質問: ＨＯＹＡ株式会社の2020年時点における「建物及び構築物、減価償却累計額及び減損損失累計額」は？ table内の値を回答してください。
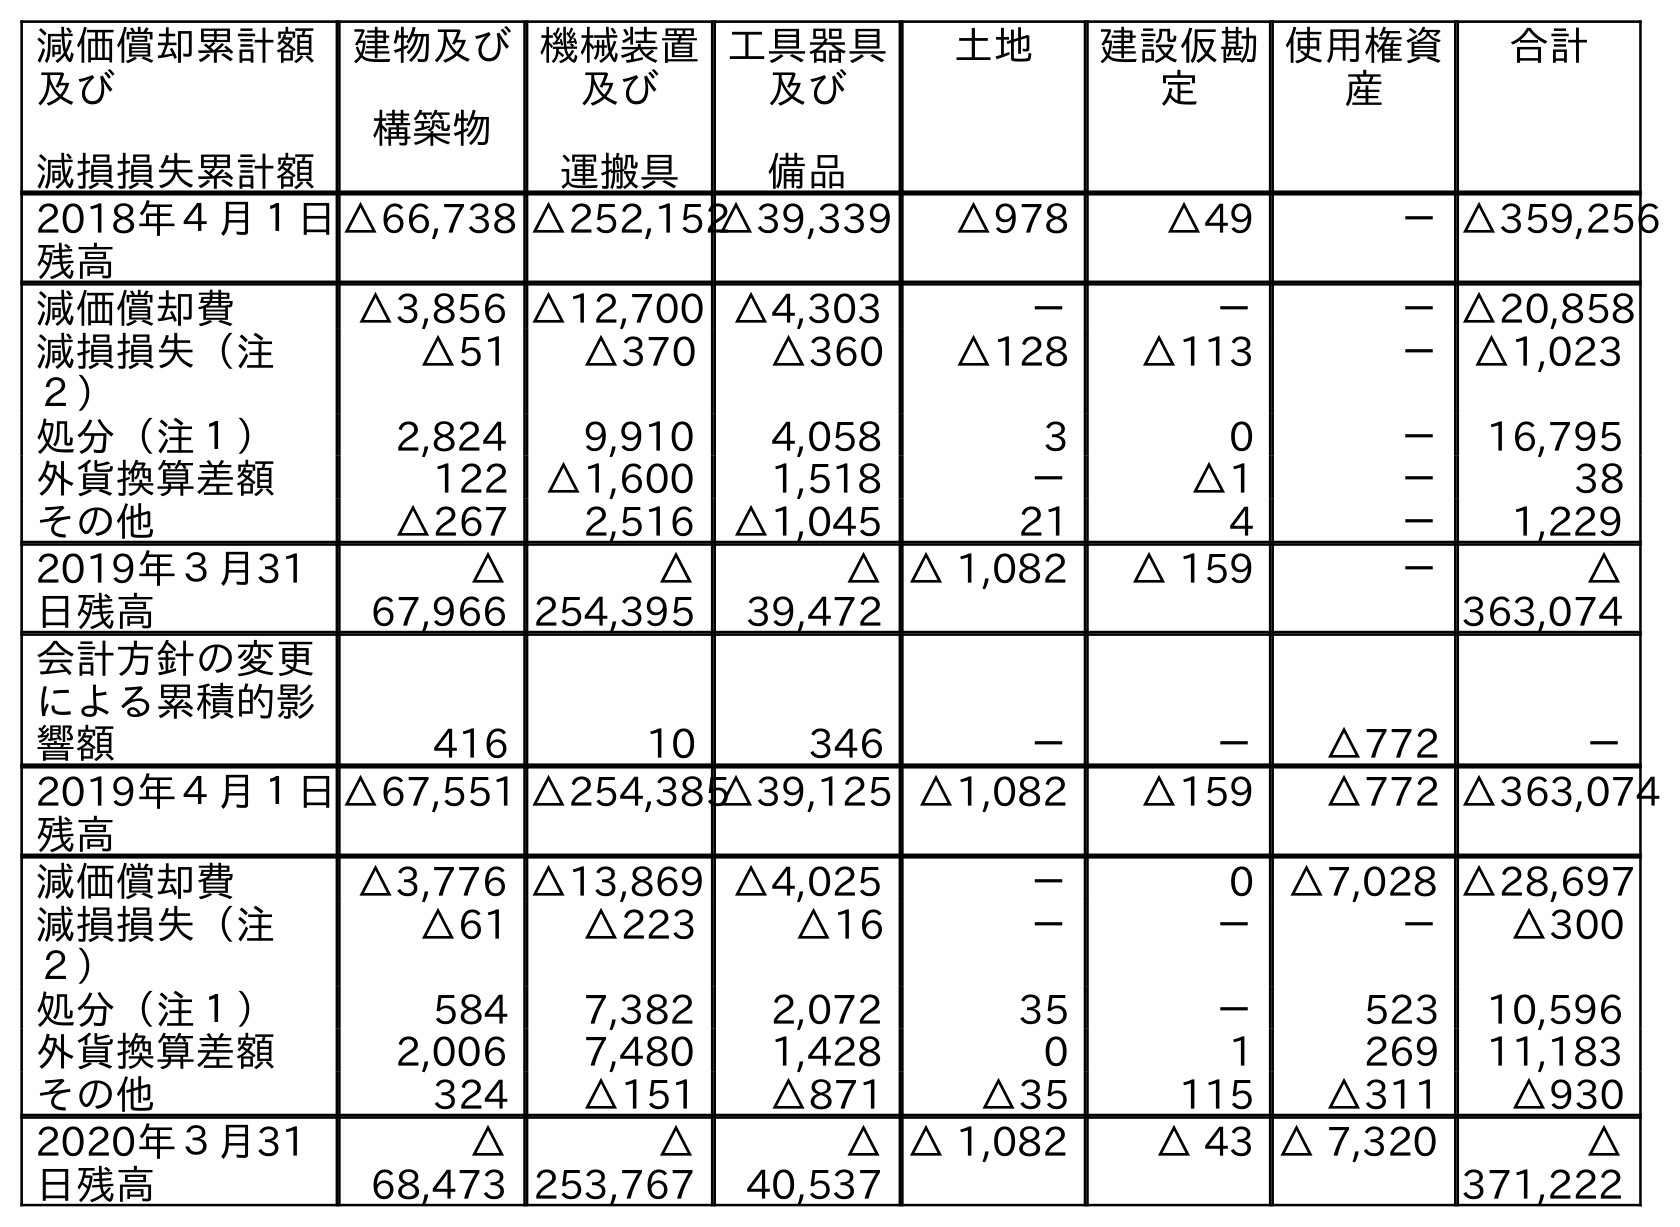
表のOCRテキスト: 減価償却累計額 及び 減損損失累計額 建物及び 構築物 機械装置 及び 運搬具 工具器具 及び 備品 土地 建設仮勘 定 使用権資 産 合計 2018年４月１日 残高 △66,738 △252,152△39,339 △978 △49 －△359,256 減価償却費 △3,856 △12,700 △4,303 － － －△20,858 減損損失（注 ２） △51 △370 △360 △128 △113 － △1,023 処分（注１） 2,824 9,910 4,058 3 0 － 16,795 外貨換算差額 122 △1,600 1,518 － △1 － 38 その他 △267 2,516 △1,045 21 4 － 1,229 2019年３月31 日残高 △ 67,966 △ 254,395 △ 39,472 △ 1,082 △ 159 － △ 363,074 会計方針の変更 による累積的影 響額 416 10 346 － － △772 － 2019年４月１日 残高 △67,551 △254,385△39,125 △1,082 △159 △772 △363,074 減価償却費 △3,776 △13,869 △4,025 － 0 △7,028 △28,697 減損損失（注 ２） △61 △223 △16 － － － △300 処分（注１） 584 7,382 2,072 35 － 523 10,596 外貨換算差額 2,006 7,480 1,428 0 1 269 11,183 その他 324 △151 △871 △35 115 △311 △930 2020年３月31 日残高 △ 68,473 △ 253,767 △ 40,537 △ 1,082 △ 43 △ 7,320 △ 371,222
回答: △68,473